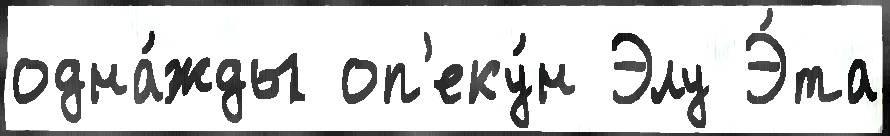
одна́жды оп'еку́н Элу Э́та